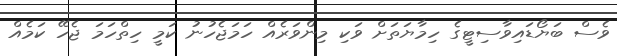
ވެސް ބަޔޯޑައިވާސިޓީގެ ހިމާޔަތަށް ވަކި މިންވަރެއް ހަމަޖެހުނު ކަމީ ހިތްހަމަ ޖެހޭ ކަމެއް